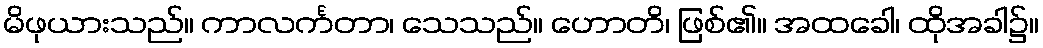
မိဖုယားသည်။ ကာလင်္ကတာ၊ သေသည်။ ဟောတိ၊ ဖြစ်၏။ အထခေါ၊ ထိုအခါ၌။